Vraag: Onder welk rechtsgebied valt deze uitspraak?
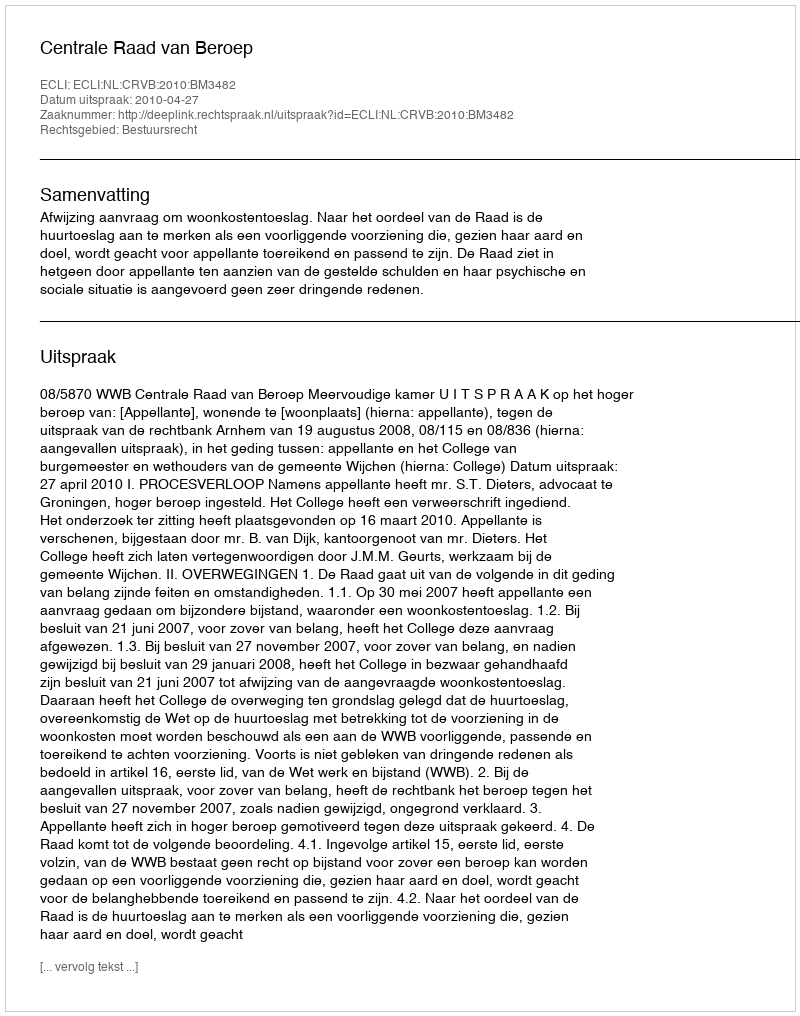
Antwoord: Bestuursrecht